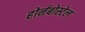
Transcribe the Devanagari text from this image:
होर्नबोस्टेल